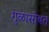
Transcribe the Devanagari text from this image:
गुळासोबत